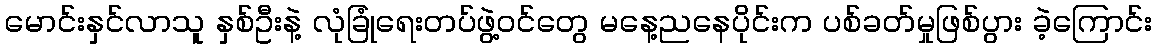
မောင်းနှင်လာသူ နှစ်ဦးနဲ့ လုံခြုံရေးတပ်ဖွဲ့ဝင်တွေ မနေ့ညနေပိုင်းက ပစ်ခတ်မှုဖြစ်ပွား ခဲ့ကြောင်း